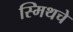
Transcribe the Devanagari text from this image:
स्मिथचे